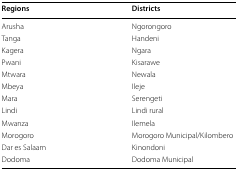
<table><thead><tr><td><b>Regions</b></td><td><b>Districts</b></td></tr></thead><tbody><tr><td>Arusha</td><td>Ngorongoro</td></tr><tr><td>Tanga</td><td>Handeni</td></tr><tr><td>Kagera</td><td>Ngara</td></tr><tr><td>Pwani</td><td>Kisarawe</td></tr><tr><td>Mtwara</td><td>Newala</td></tr><tr><td>Mbeya</td><td>Ileje</td></tr><tr><td>Mara</td><td>Serengeti</td></tr><tr><td>Lindi</td><td>Lindi rural</td></tr><tr><td>Mwanza</td><td>Ilemela</td></tr><tr><td>Morogoro</td><td>Morogoro Municipal/Kilombero</td></tr><tr><td>Dar es Salaam</td><td>Kinondoni</td></tr><tr><td>Dodoma</td><td>Dodoma Municipal</td></tr></tbody></table>